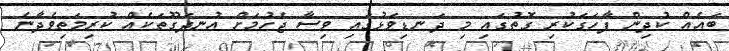
ބައެއް ކުދިން ފާހަގަކުރި ގޮތުގައި މި ދަނޑިވަޅުގައި ވިސާ ޖެހުމަށް އުނދަގޫތަކެއް ކުރިމަތިވެދާނެ